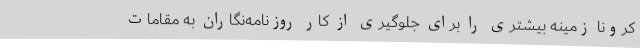
کرونا زمینه‌ بیشتری را برای جلوگیری از کار روزنامه‌نگاران به مقامات